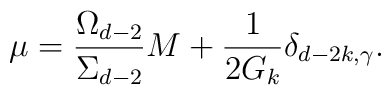
\mu =\frac{\Omega _{d-2}}{\Sigma _{d-2}}M+\frac{1}{2G_{k}}\delta_{d-2k,\gamma }.